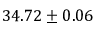
3 4 . 7 2 \pm 0 . 0 6